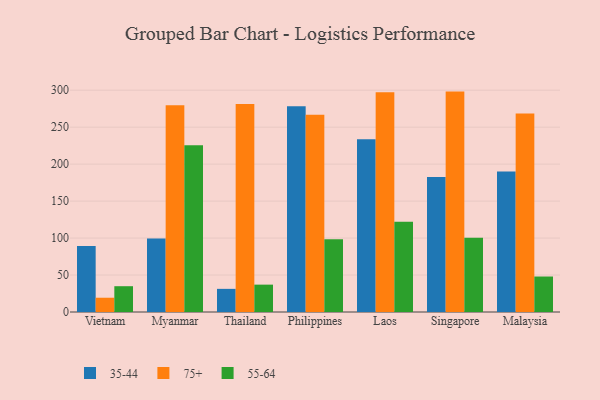
{"axis": {"x": "Country", "y": "Churn Rate (%)"}, "legend": ["35-44", "55-64", "75+"], "data": [{"x": "Vietnam", "y": 89.4, "type": "35-44"}, {"x": "Vietnam", "y": 19.3, "type": "75+"}, {"x": "Vietnam", "y": 34.9, "type": "55-64"}, {"x": "Myanmar", "y": 99.3, "type": "35-44"}, {"x": "Myanmar", "y": 279.8, "type": "75+"}, {"x": "Myanmar", "y": 225.7, "type": "55-64"}, {"x": "Thailand", "y": 31.3, "type": "35-44"}, {"x": "Thailand", "y": 281.4, "type": "75+"}, {"x": "Thailand", "y": 37.0, "type": "55-64"}, {"x": "Philippines", "y": 278.2, "type": "35-44"}, {"x": "Philippines", "y": 266.9, "type": "75+"}, {"x": "Philippines", "y": 98.5, "type": "55-64"}, {"x": "Laos", "y": 233.7, "type": "35-44"}, {"x": "Laos", "y": 297.1, "type": "75+"}, {"x": "Laos", "y": 122.0, "type": "55-64"}, {"x": "Singapore", "y": 182.5, "type": "35-44"}, {"x": "Singapore", "y": 298.1, "type": "75+"}, {"x": "Singapore", "y": 100.4, "type": "55-64"}, {"x": "Malaysia", "y": 190.1, "type": "35-44"}, {"x": "Malaysia", "y": 268.4, "type": "75+"}, {"x": "Malaysia", "y": 48.0, "type": "55-64"}]}